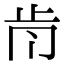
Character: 𣥑